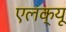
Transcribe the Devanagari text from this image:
एलक्यू